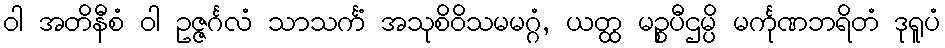
ဝါ အတိနီစံ ဝါ ဥဇ္ဇင်္ဂလံ သာသင်္ကံ အသုစိဝိသမမဂ္ဂံ, ယတ္ထ မဉ္စပီဌမ္ပိ မင်္ကုဏဘရိတံ ဒုရူပံ